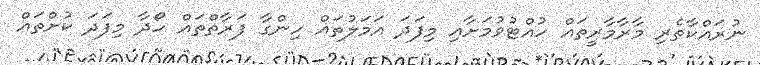
ނުރައްކާތެރި މާރާމާރީތައް ހުއްޓުވުމަށާއި މިފަދަ އަމަލުތައް ހިންގާ ފަރާތްތައް ހޯދާ މިފަދަ ކުށްތައް